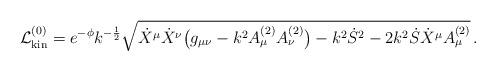
LaTeX: \begin{align*}{\cal L}_{{\rm kin}}^{(0)} = e^{-\phi}k^{-{1\over 2}}\sqrt {\dot X^\mu \dot X^\nu \bigl (g_{\mu\nu}-k^2A_\mu^{(2)}A_\nu^{(2)}\bigr )-k^2 {\dot S}^2 -2 k^2 \dot S {\dot X}^\mu A_\mu^{(2)} }\, .\end{align*}